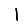
Digit: 1